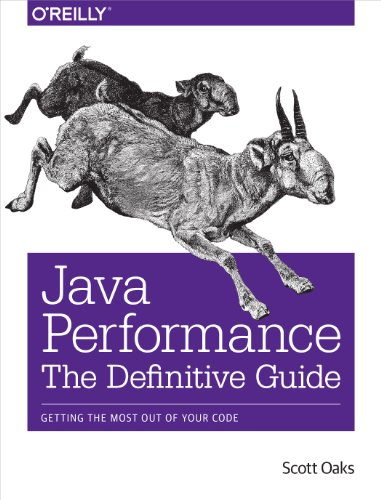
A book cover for Java Performance: The Definitive Guide; Scott Oaks; Computers & Technology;